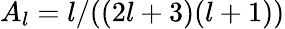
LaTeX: A_{l}=l/((2l+3)(l+1))